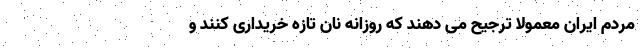
مردم ایران معمولا ترجیح می دهند که روزانه نان تازه خریداری کنند و